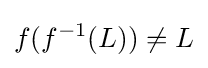
f(f^{-1}(L))\neq L